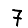
Digit: 7